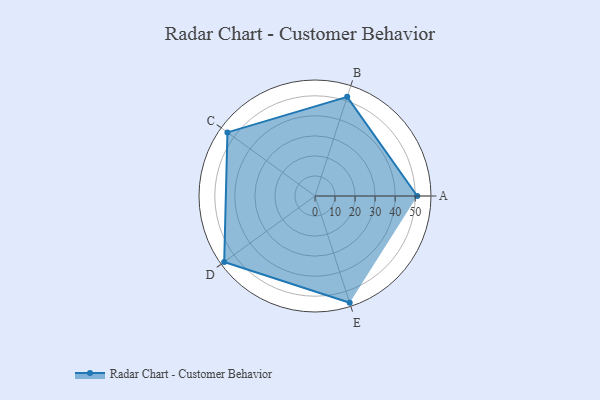
{"axis": {"x": "Skill", "y": "Score"}, "legend": ["Profile"], "data": [{"x": "A", "y": 51.0, "type": "Profile"}, {"x": "B", "y": 52.0, "type": "Profile"}, {"x": "C", "y": 54.0, "type": "Profile"}, {"x": "D", "y": 56.0, "type": "Profile"}, {"x": "E", "y": 56.0, "type": "Profile"}]}